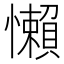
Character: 懶